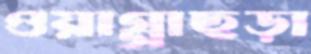
ওয়াগ্গাছড়া